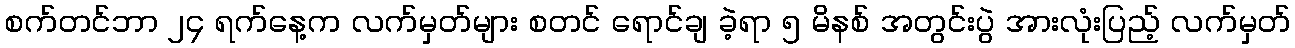
စက်တင်ဘာ ၂၄ ရက်နေ့က လက်မှတ်များ စတင် ရောင်ချ ခဲ့ရာ ၅ မိနစ် အတွင်းပွဲ အားလုံးပြည့် လက်မှတ်